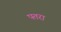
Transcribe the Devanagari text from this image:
पतरा